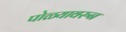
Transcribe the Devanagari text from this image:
पोळ्यावरुन